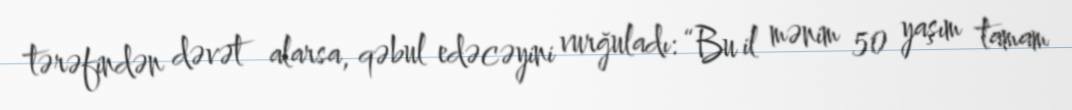
tərəfindən dəvət alarsa, qəbul edəcəyini vurğuladı: “Bu il mənim 50 yaşım tamam